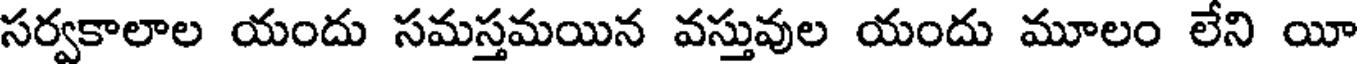
సర్వకాలాల యందు సమస్తమయిన వస్తువుల యందు మూలం లేని యీ